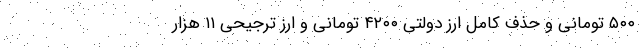
۵۰۰ تومانی و حذف کامل ارز دولتی ۴۲۰۰ تومانی و ارز ترجیحی ۱۱ هزار